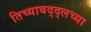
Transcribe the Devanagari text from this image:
तिच्याबद्द्लच्या